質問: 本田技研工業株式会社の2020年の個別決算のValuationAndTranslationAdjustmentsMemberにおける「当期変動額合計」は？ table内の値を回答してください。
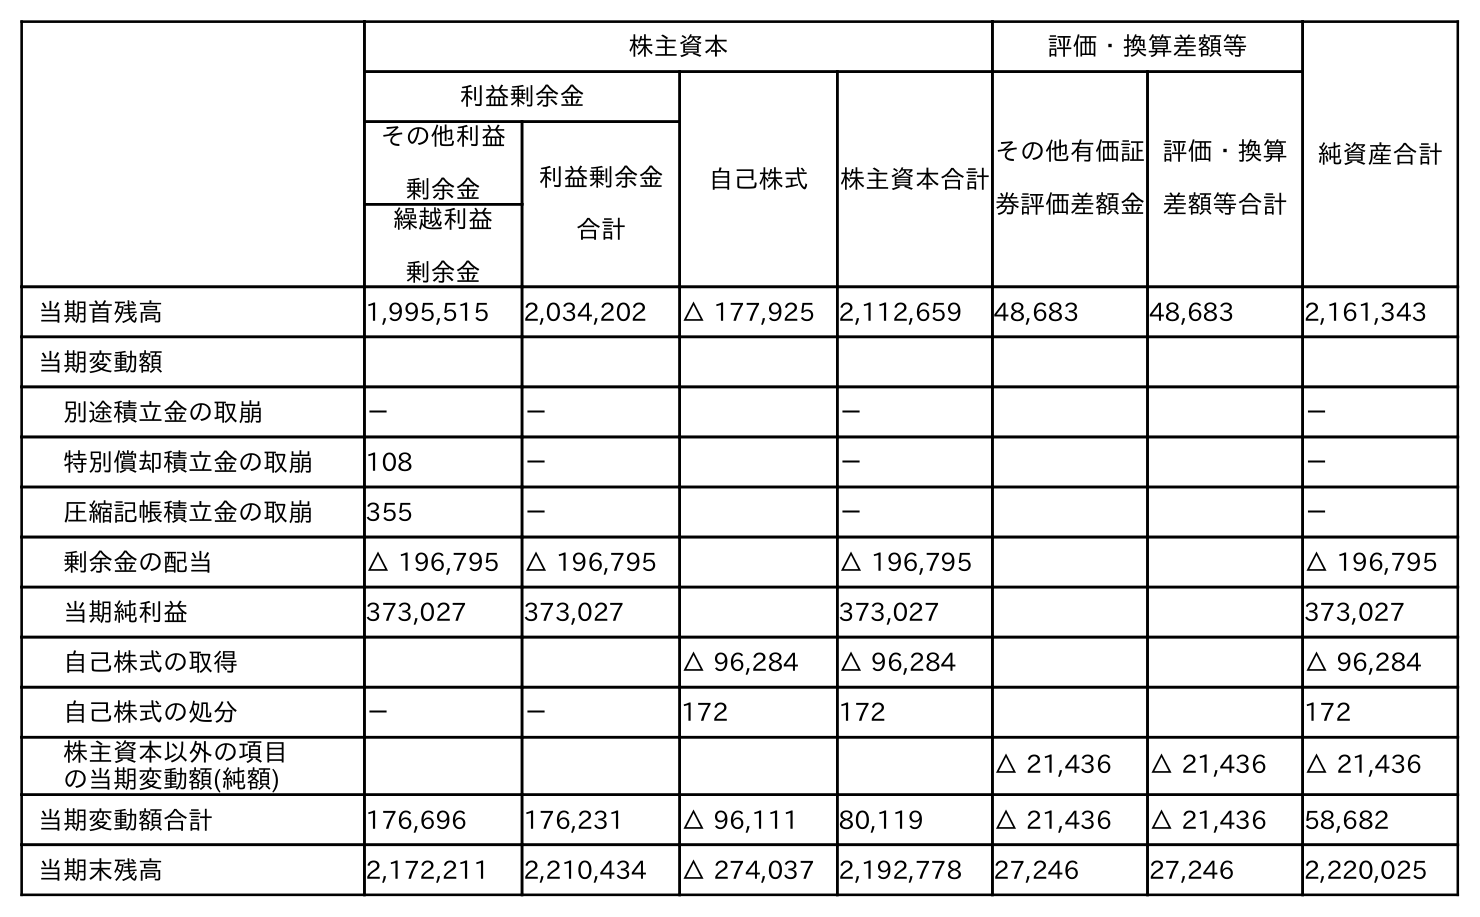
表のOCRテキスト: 株主資本 評価・換算差額等 純資産合計 利益剰余金 自己株式 株主資本合計 その他有価証 券評価差額金 評価・換算 差額等合計 その他利益 剰余金 利益剰余金 合計 繰越利益 剰余金 当期首残高 1,995,515 2,034,202 △ 177,925 2,112,659 48,683 48,683 2,161,343 当期変動額 別途積立金の取崩 － － － － 特別償却積立金の取崩 108 － － － 圧縮記帳積立金の取崩 355 － － － 剰余金の配当 △ 196,795 △ 196,795 △ 196,795 △ 196,795 当期純利益 373,027 373,027 373,027 373,027 自己株式の取得 △ 96,284 △ 96,284 △ 96,284 自己株式の処分 － － 172 172 172 株主資本以外の項目 の当期変動額(純額) △ 21,436 △ 21,436 △ 21,436 当期変動額合計 176,696 176,231 △ 96,111 80,119 △ 21,436 △ 21,436 58,682 当期末残高 2,172,211 2,210,434 △ 274,037 2,192,778 27,246 27,246 2,220,025
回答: △21,436